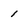
Character: 1